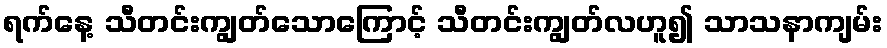
ရက်နေ့ သီတင်းကျွတ်သောကြောင့် သီတင်းကျွတ်လဟူ၍ သာသနာကျမ်း